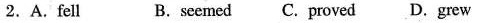
2.A.fell B.seemed C.proved D.grew